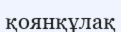
қоянқұлақ